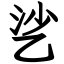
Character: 乷